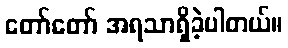
တော်တော် အရသာရှိခဲ့ပါတယ်။